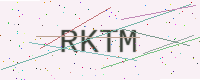
Text: RKTM